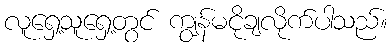
လူရှေ့သူရှေ့တွင် ကျွန်မငိုချလိုက်ပါသည်။